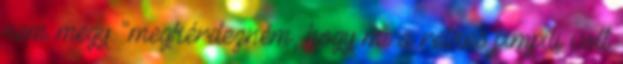
nem megy. "megkérdezném, hogy mi a retkes pimpili volt